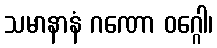
သမာနာနံ ဂဏော ဝဂ္ဂေါ၊